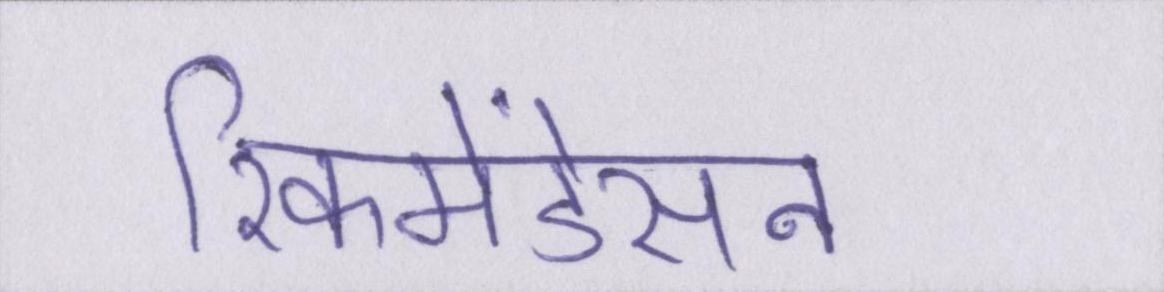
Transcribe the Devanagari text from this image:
रिकमेंडेसन